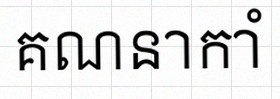
គណនាកាំ